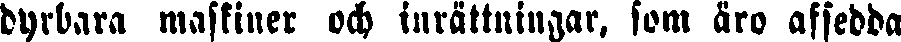
dyrbara maskiner och inrättningar, som äro afsedda